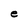
Character: e